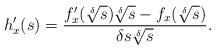
LaTeX: \begin{align*}h^{\prime}_x(s)=\frac{f^{\prime}_x(\sqrt[\delta]{s})\sqrt[\delta]{s}-f_x(\sqrt[\delta]{s})}{\delta s\sqrt[\delta]{s}}.\end{align*}